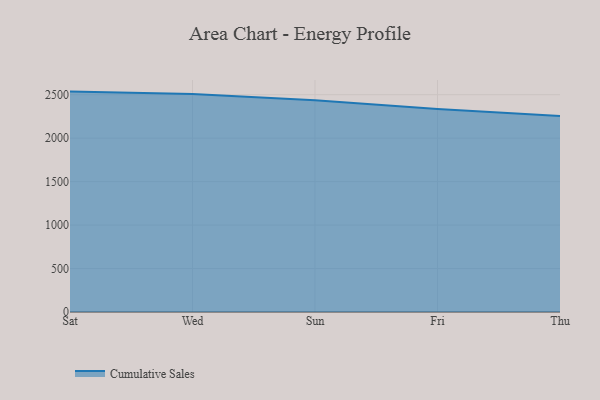
{"axis": {"x": "Day", "y": "LTV (USD)"}, "legend": ["Cumulative Sales"], "data": [{"x": "Sat", "y": 2535.8, "type": "Cumulative Sales"}, {"x": "Wed", "y": 2508.3, "type": "Cumulative Sales"}, {"x": "Sun", "y": 2436.0, "type": "Cumulative Sales"}, {"x": "Fri", "y": 2335.7, "type": "Cumulative Sales"}, {"x": "Thu", "y": 2254.5, "type": "Cumulative Sales"}]}